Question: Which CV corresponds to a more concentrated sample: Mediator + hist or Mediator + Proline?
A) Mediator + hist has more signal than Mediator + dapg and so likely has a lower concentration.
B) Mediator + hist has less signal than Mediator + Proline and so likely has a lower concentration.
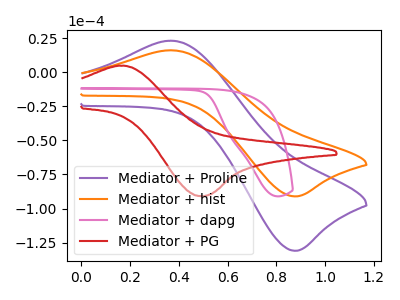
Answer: <think>The purple curve "Mediator + Proline" has an anodic peak at (0.35V, 23.10uA) and a cathodic peak at (0.85V, -131.00uA). The orange curve "Mediator + hist" has an anodic peak at (0.35V, 16.10uA) and a cathodic peak at (0.85V, -91.10uA). The pink curve "Mediator + dapg" has no peaks. The red curve "Mediator + PG" has an anodic peak at (0.15V, 4.70uA) and a cathodic peak at (0.50V, -91.05uA).
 All the peaks in "Mediator + hist" have a peak in "Mediator + Proline" at the same potential. Every peak in "Mediator + hist" is lower than every peak in "Mediator + Proline".</think>
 <answer>B) "Mediator + hist" has less signal than "Mediator + Proline" and so likely has a lower concentration.</answer>
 <eval>B</eval>